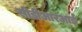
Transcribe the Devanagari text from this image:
सीडीआरआई